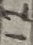
Text: 12